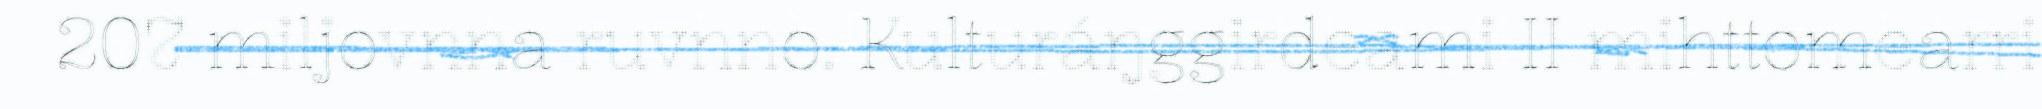
207 miljovnna ruvnno. Kulturáŋggirdeami II mihttomearri